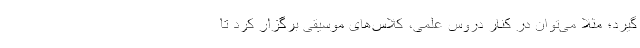
گیرد؛ مثلا می‌توان در کنار دروس علمی، کلاس‌های موسیقی برگزار کرد تا